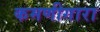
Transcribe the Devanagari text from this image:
कमणीगारा